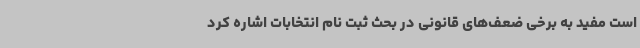
است مفید به برخی ضعف‌های قانونی در بحث ثبت نام انتخابات اشاره کرد